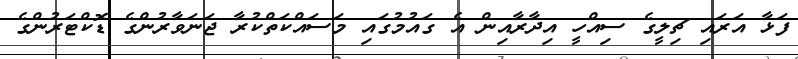
ފަޅާ އަރައި ޗިލީގެ ސިއްހީ އިދާރާއިން އެ ގައުމުގައި މަސައްކަތްކުރާ ޖަނަވާރުންގެ ޑޮކްޓަރުންގެ